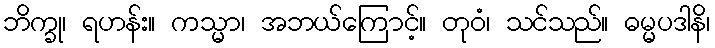
ဘိက္ခု၊ ရဟန်း။ ကသ္မာ၊ အဘယ်ကြောင့်။ တုဝံ၊ သင်သည်။ ဓမ္မပဒါနိ၊